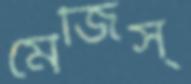
মেজিস্